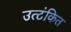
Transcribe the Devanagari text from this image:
उत्टंकित